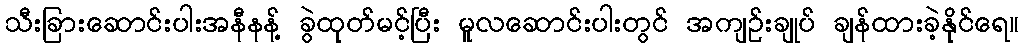
သီးခြားဆောင်းပါးအနီနန့် ခွဲထုတ်မင့်ပြီး မူလဆောင်းပါးတွင် အကျဉ်းချုပ် ချန်ထားခဲ့နိုင်ရေ။